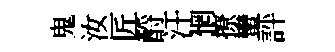
鬼汝匠酹汗惘撩蠻評